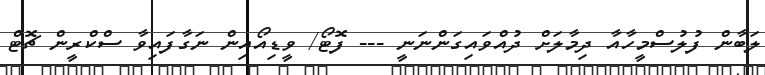
ލަބާން ފުލުސްމީހާއާ ދިމާލަށް ދުއްވައިގަންނަނީ --- ފޮޓޯ/ ވީޑިއޯއިން ނަގާފައިވާ ސްކްރީން ޗޮޓް